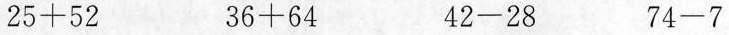
$$25+52$$ $$36+64$$ $$42-28$$ $$74-7$$